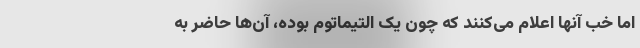
اما خب آنها اعلام می‌کنند که چون یک التیماتوم بوده، آن‌ها حاضر به